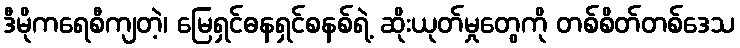
ဒီမိုကရေစီကျတဲ့၊ မြေရှင်ဓနရှင်စနစ်ရဲ့ ဆိုးယုတ်မှုတွေကို တစ်စိတ်တစ်ဒေသ